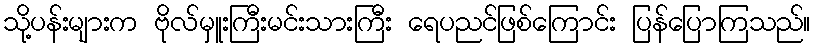
သို့ပန်းများက ဗိုလ်မှူးကြီးမင်းသားကြီး ရေပညင်ဖြစ်ကြောင်း ပြန်ပြောကြသည်။